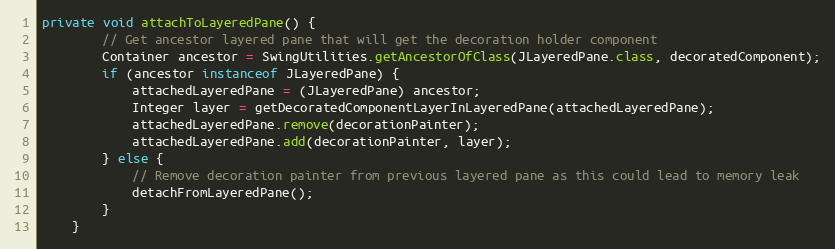
Language: Java
private void attachToLayeredPane() {
        // Get ancestor layered pane that will get the decoration holder component
        Container ancestor = SwingUtilities.getAncestorOfClass(JLayeredPane.class, decoratedComponent);
        if (ancestor instanceof JLayeredPane) {
            attachedLayeredPane = (JLayeredPane) ancestor;
            Integer layer = getDecoratedComponentLayerInLayeredPane(attachedLayeredPane);
            attachedLayeredPane.remove(decorationPainter);
            attachedLayeredPane.add(decorationPainter, layer);
        } else {
            // Remove decoration painter from previous layered pane as this could lead to memory leak
            detachFromLayeredPane();
        }
    }